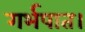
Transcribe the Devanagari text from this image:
गर्भपात।